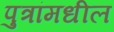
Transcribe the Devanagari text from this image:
पुत्रांमधील